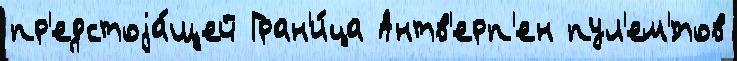
пр'едстоjа́щей Гран'и́ца Антв'ерп'ен пул'ем'́тов